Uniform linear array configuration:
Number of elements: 4
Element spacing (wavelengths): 0.25
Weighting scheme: binomial
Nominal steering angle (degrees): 45
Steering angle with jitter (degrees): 44.126
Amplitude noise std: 0.05
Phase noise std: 0.05

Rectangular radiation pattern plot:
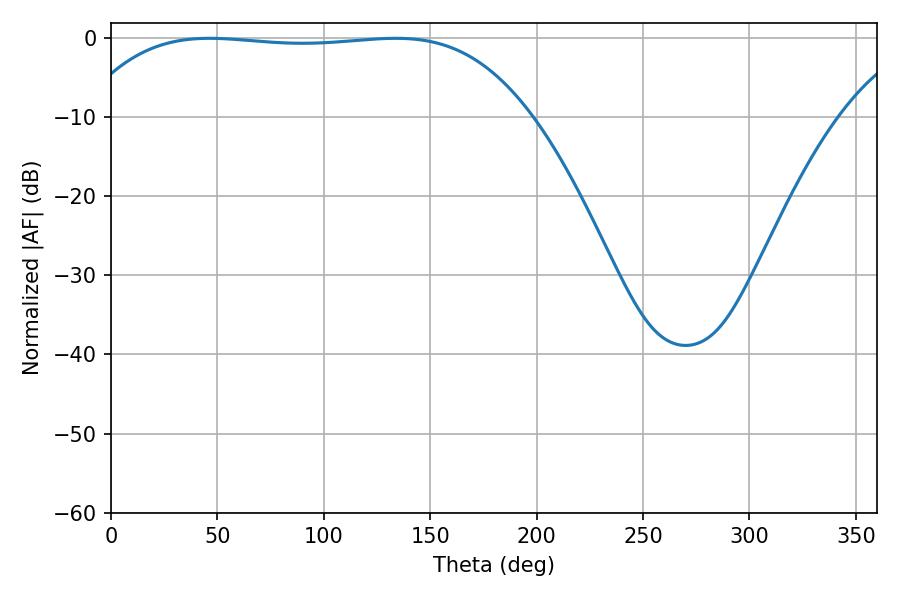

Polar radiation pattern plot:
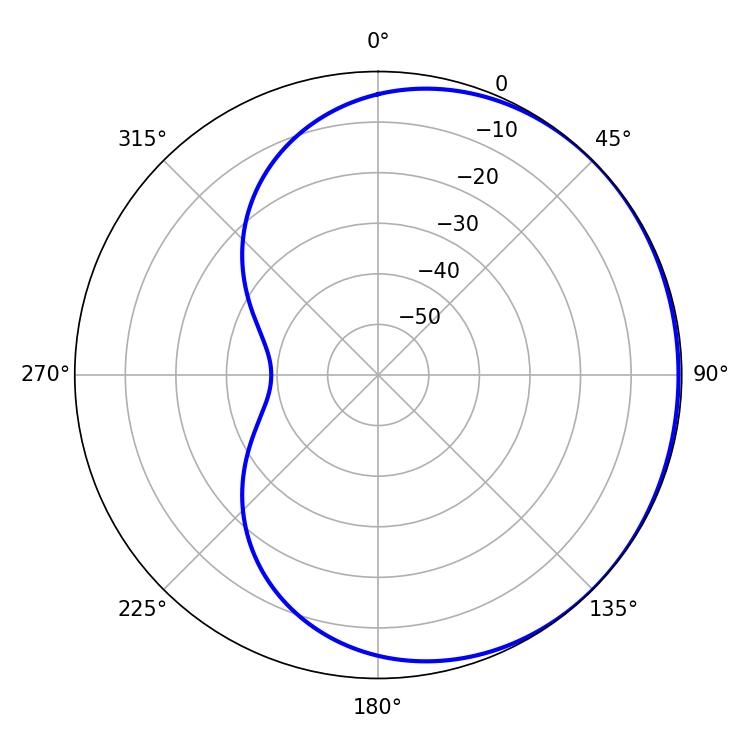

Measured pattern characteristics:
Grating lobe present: FALSE
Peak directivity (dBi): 0.4958
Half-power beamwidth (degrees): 165.6
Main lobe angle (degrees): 46.26